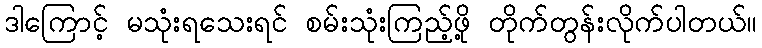
ဒါကြောင့် မသုံးရသေးရင် စမ်းသုံးကြည့်ဖို့ တိုက်တွန်းလိုက်ပါတယ်။